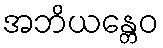
အဘိယန္တေဝ